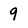
Character: 9